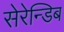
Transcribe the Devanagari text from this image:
सेरेन्डिब